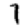
Digit: 1